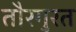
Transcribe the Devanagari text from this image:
तौरगुरत